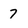
Character: 7